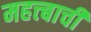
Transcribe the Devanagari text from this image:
महत्त्बाची